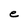
Character: e